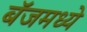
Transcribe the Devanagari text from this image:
बॅजमध्ये